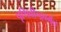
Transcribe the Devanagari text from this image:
पृथिवीन्द्रवर्मन्